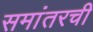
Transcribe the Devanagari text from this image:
समांतरची